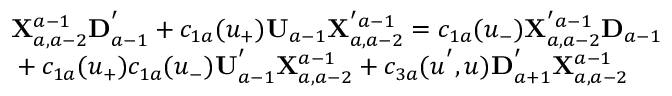
\begin{array} { l } { { { \bf X } _ { a , a - 2 } ^ { a - 1 } { \bf D } _ { a - 1 } ^ { ' } + c _ { 1 a } ( u _ { + } ) { \bf U } _ { a - 1 } { \bf X } _ { a , a - 2 } ^ { ' a - 1 } = c _ { 1 a } ( u _ { - } ) { \bf X } _ { a , a - 2 } ^ { ' a - 1 } { \bf D } _ { a - 1 } } } \\ { { \mathrm { } + c _ { 1 a } ( u _ { + } ) c _ { 1 a } ( u _ { - } ) { \bf U } _ { a - 1 } ^ { ' } { \bf X } _ { a , a - 2 } ^ { a - 1 } + c _ { 3 a } ( u ^ { ' } , u ) { \bf D } _ { a + 1 } ^ { ' } { \bf X } _ { a , a - 2 } ^ { a - 1 } } } \end{array}